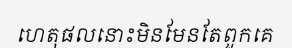
ហេតុផលនោះមិនមែនតែពួកគេ